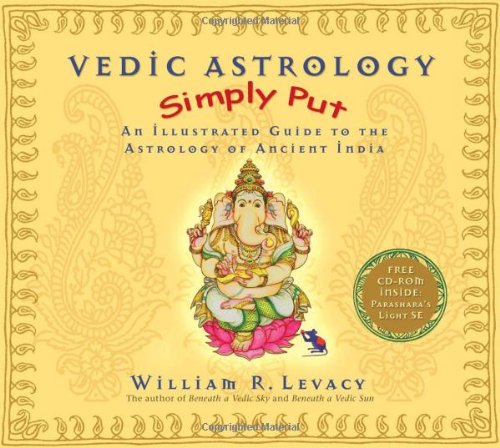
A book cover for Vedic Astrology Simply Put: An Illustrated Guide to the Astrology of Ancient India; William Levacy; Religion & Spirituality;